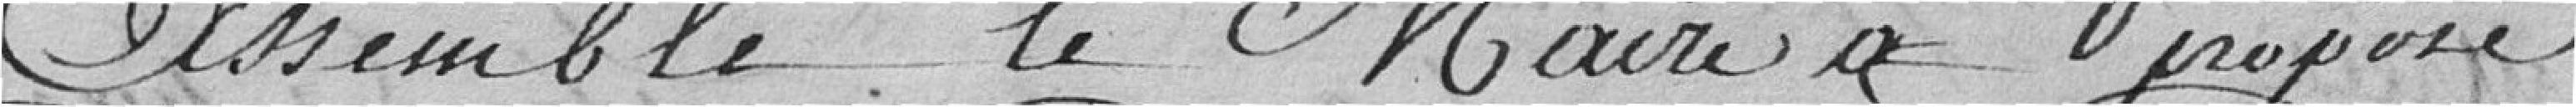
Assemblé le Maire a proposé